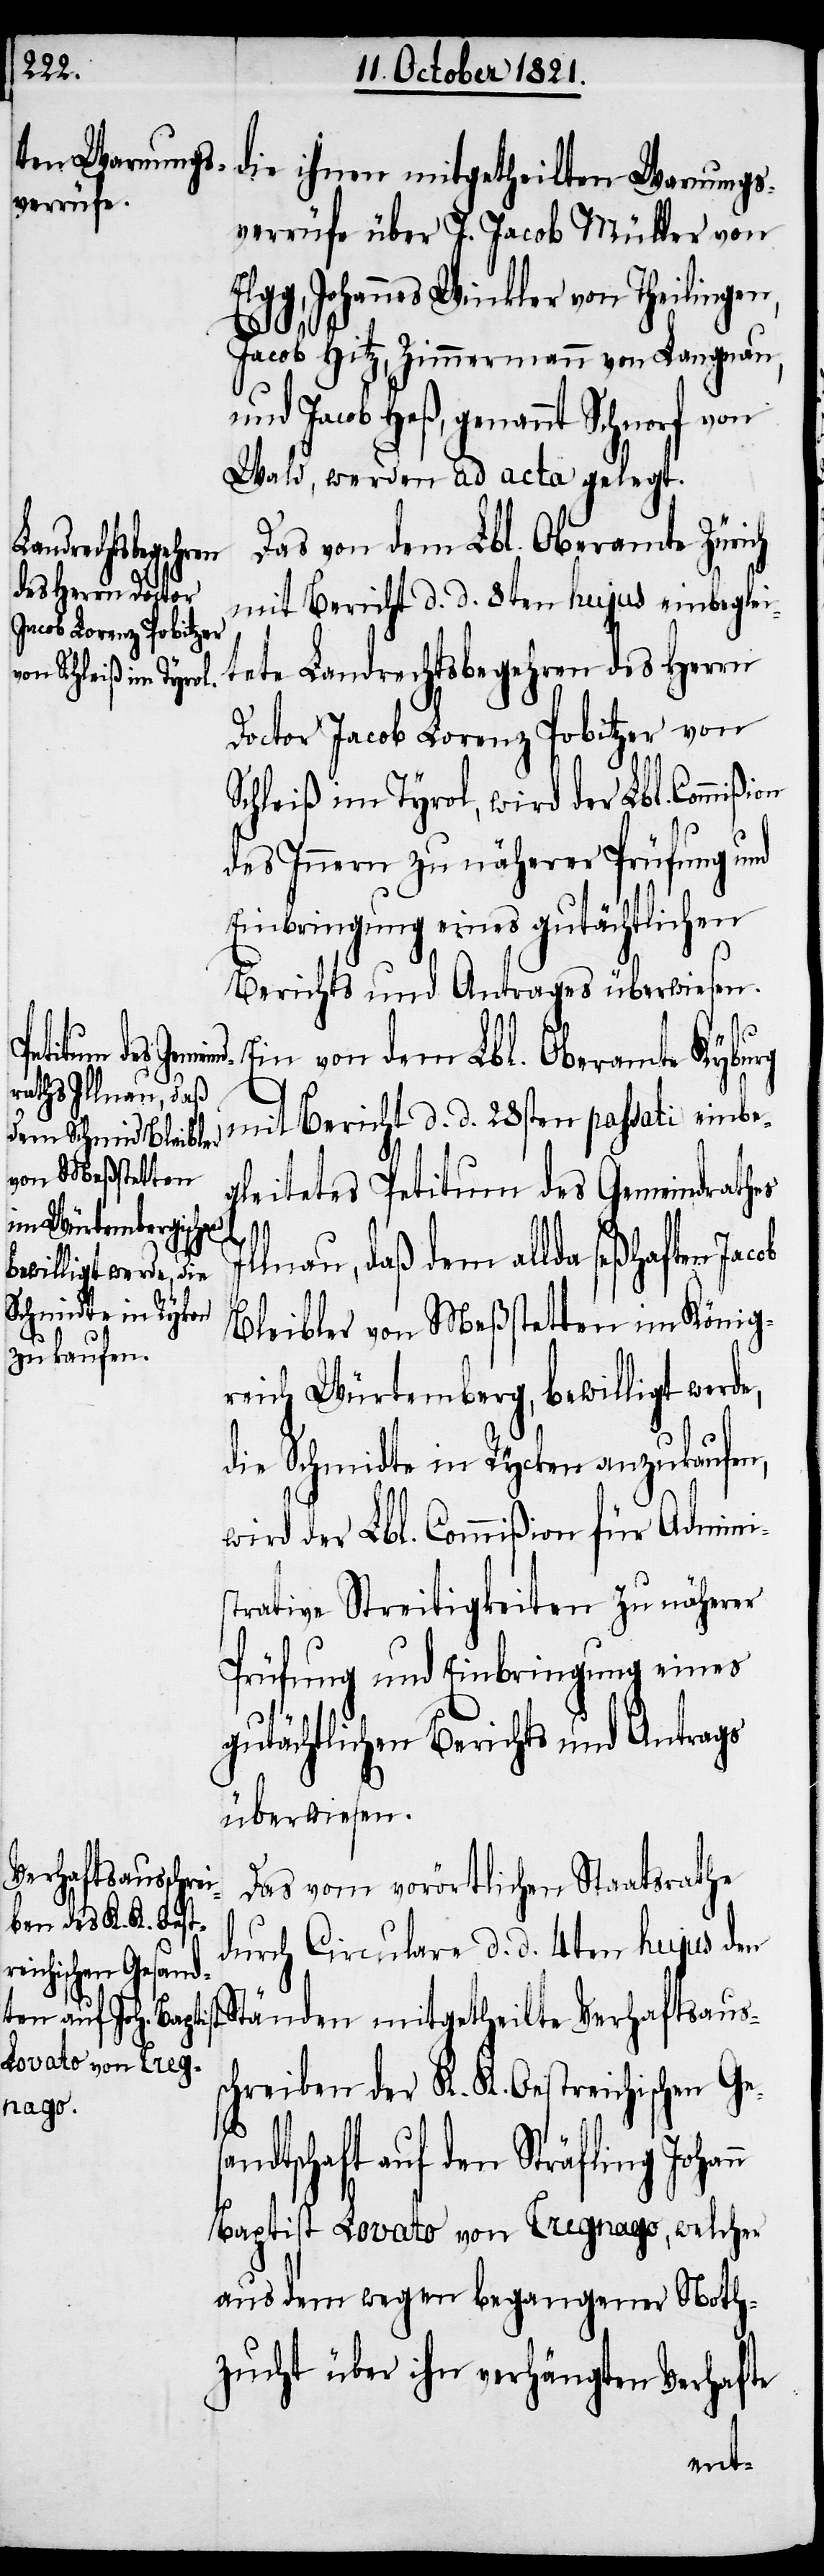
die ihnen mitgetheilten Warnungs¬
verrüfe über J. Jacob Müller von
Johannes Winkler von Theilingen,
sa¬
Jacob Hitz, Zimmermann von Langnau,
und Jacob Heß, genannt Schnorf von
Wald, werden ad acta gelegt.
Das von dem Lbl. Oberamte Zürich
mit Bericht d. d. 8ten hujus einbeglei¬
tete Landrechtsbegehren des Herrn
Doctor Jacob Lorenz Pobitzer von
Schleiß im Tyrol, wird der Lbl. Commißi¬
des Innern zu näherer Prüfung und
Einbringung eines gutächtlichen
Berichts und Antrages überwiesen.
Ein von dem Lbl. Oberamte Kyburg
mit Bericht d. d. 28sten passati einbe¬
gleitetes Petitum des Gemeindrathes
lnau, daß dem allda seßhaften
Bleibler von Meßstetten im König¬
reich Würtemberg, bewilligt werd¬
die Schmidte in Rycken anzukaufen,
wird der Lbl. Commißion für Adminis¬
trative Streitigkeiten zu näherer
Prüfung und Einbringung eines
gutächtlichen Berichts und Antrags
überwiesen,
Das vom vorörtlichen Staatsrathe
durch Circulare d. d. 4ten hujus den
Ständen mitgetheilte Verhaftsaus¬
schreiben der K. K. Oestreichischen Ge¬
ndtschaft auf den Sträfling
Baptist Lovato von Tregnago, welcher
aus dem wegen begangener Noth¬
zucht über ihn verhängten Verhafte
on